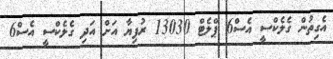
އެގިތުން ގެލެކްސީ އެސް6 ޕްލެޓް 13030 ރުފިޔާ އަށް އަދި ގެލެކްސީ އެސް6